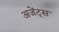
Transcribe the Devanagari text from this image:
अजेंट्स